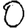
Digit: 0